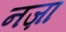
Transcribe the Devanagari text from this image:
नज़ा